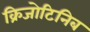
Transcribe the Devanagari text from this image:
क्रिजोटिनिब